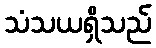
သံသယရှိသည်